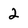
Character: 2